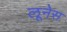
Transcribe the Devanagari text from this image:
लूनेस